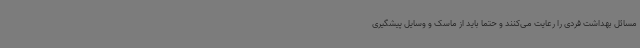
مسائل بهداشت فردی را رعایت می‌کنند و حتما باید از ماسک و وسایل پیشگیری